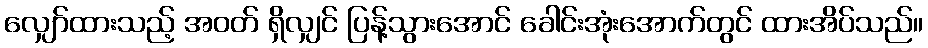
လျှော်ထားသည့် အဝတ် ရှိလျှင် ပြန့်သွားအောင် ခေါင်းအုံးအောက်တွင် ထားအိပ်သည်။